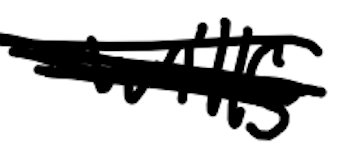
Text: Wills
Cross-out: mix
Writing tool: digital_black